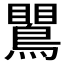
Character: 𪄙